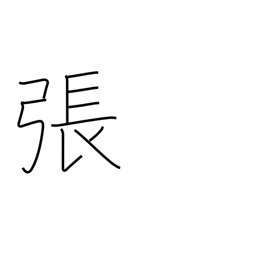
Meaning: counter for bows & stringed instruments